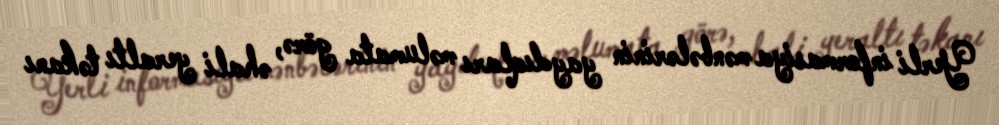
Yerli informasiya mənbələrinin yaydıqları məlumata görə, əhali yeraltı təkanı